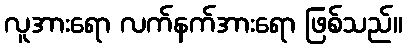
လူအားရော လက်နက်အားရော ဖြစ်သည်။